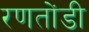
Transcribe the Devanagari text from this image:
रणतोंडी